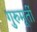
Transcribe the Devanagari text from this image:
गुरुमूर्ती